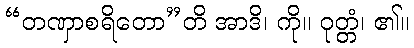
“တဏှာစရိတော”တိ အာဒိ၊ ကို။ ဝုတ္တံ၊ ၏။